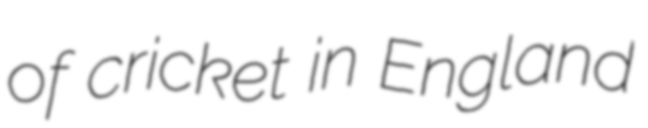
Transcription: of cricket in England